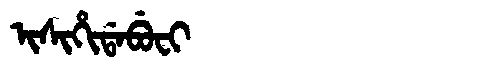
Manchu: ᡳᠰᡳᡥᡳᡩᠠᠪᡠᠸᡳ
Romanization: ISIHIDABUFI